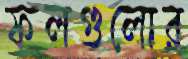
ফলগুলোর